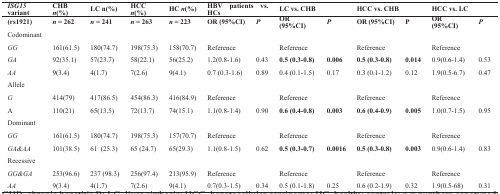
<table><thead><tr><td><b><i>ISG15</i> variant</b></td><td><b>CHB <i>n</i>(%)</b></td><td><b>LC n(%)</b></td><td><b>HCC <i>n</i>(%)</b></td><td><b>HC <i>n</i>(%)</b></td><td colspan="2"><b>HBV patients vs. HCs</b></td><td colspan="2"><b>LC vs. CHB</b></td><td colspan="2"><b>HCC vs. CHB</b></td><td colspan="2"><b>HCC vs. LC</b></td></tr></thead><tbody><tr><td><b>(rs1921)</b></td><td><b><i>n</i>= 262</b></td><td><b><i>n</i>= 241</b></td><td><b><i>n</i>= 263</b></td><td><b><i>n</i>= 223</b></td><td><b>OR (95%CI)</b></td><td><b><i>P</i></b></td><td><b>OR (95%CI)</b></td><td><b><i>P</i></b></td><td><b>OR (95%CI)</b></td><td><b>P</b></td><td><b>OR (95%CI)</b></td><td><b><i>P</i></b></td></tr><tr><td>Codominant</td><td></td><td></td><td></td><td></td><td></td><td></td><td></td><td></td><td></td><td></td><td></td><td></td></tr><tr><td><i>GG</i></td><td>161(61.5)</td><td>180(74.7)</td><td>198(75.3)</td><td>158(70.7)</td><td>Reference</td><td></td><td>Reference</td><td></td><td>Reference</td><td></td><td>Reference</td><td></td></tr><tr><td><i>GA</i></td><td>92(35.1)</td><td>57(23.7)</td><td>58(22.1)</td><td>56(25.2)</td><td>1.2(0.8-1.6)</td><td>0.43</td><td><b>0.5 (0.3-0.8)</b></td><td><b>0.006</b></td><td><b>0.5 (0.3-0.8)</b></td><td><b>0.014</b></td><td>0.9(0.6-1.4)</td><td>0.53</td></tr><tr><td><i>AA</i></td><td>9(3.4)</td><td>4(1.7)</td><td>7(2.6)</td><td>9(4.1)</td><td>0.7 (0.3-1.6)</td><td>0.89</td><td>0.4 (0.1-1.5)</td><td>0.17</td><td>0.3 (0.1-1.2)</td><td>0.12</td><td>1.9(0.5-6.7)</td><td>0.47</td></tr><tr><td>Allele</td><td></td><td></td><td></td><td></td><td></td><td></td><td></td><td></td><td></td><td></td><td></td><td></td></tr><tr><td><i>G</i></td><td>414(79)</td><td>417(86.5)</td><td>454(86.3)</td><td>416(84.9)</td><td>Reference</td><td></td><td>Reference</td><td></td><td>Reference</td><td></td><td>Reference</td><td></td></tr><tr><td>A</td><td>110(21)</td><td>65(13.5)</td><td>72(13.7)</td><td>74(15.1)</td><td>1.1(0.8-1.4)</td><td>0.90</td><td><b>0.6 (0.4-0.8)</b></td><td><b>0.003</b></td><td><b>0.6 (0.4-0.9)</b></td><td><b>0.005</b></td><td>1.0(0.7-1.5)</td><td>0.95</td></tr><tr><td>Dominant</td><td></td><td></td><td></td><td></td><td></td><td></td><td></td><td></td><td></td><td></td><td></td><td></td></tr><tr><td><i>GG</i></td><td>161(61.5)</td><td>180(74.7)</td><td>198(75.3)</td><td>157(70.7)</td><td>Reference</td><td></td><td>Reference</td><td></td><td>Reference</td><td></td><td>Reference</td><td></td></tr><tr><td><i>GA&amp;AA</i></td><td>101(38.5)</td><td>61 (25.3)</td><td>65 (24.7)</td><td>65(29.3)</td><td>1.1(0.8-1.5)</td><td>0.62</td><td><b>0.5 (0.3-0.7)</b></td><td><b>0.0016</b></td><td><b>0.5 (0.3-0.8)</b></td><td><b>0.003</b></td><td>0.9(0.6-1.4)</td><td>0.83</td></tr><tr><td>Recessive</td><td></td><td></td><td></td><td></td><td></td><td></td><td></td><td></td><td></td><td></td><td></td><td></td></tr><tr><td><i>GG&amp;GA</i></td><td>253(96.6)</td><td>237 (98.3)</td><td>256(97.4)</td><td>213(95.9)</td><td>Reference</td><td></td><td>Reference</td><td></td><td>Reference</td><td></td><td>Reference</td><td></td></tr><tr><td><i>AA</i></td><td>9(3.4)</td><td>4(1.7)</td><td>7(2.6)</td><td>9(4.1)</td><td>0.7(0.3-1.5)</td><td>0.34</td><td>0.5 (0.1-1.8)</td><td>0.25</td><td>0.6 (0.2-1.9)</td><td>0.32</td><td>1.9(0.5-68)</td><td>0.31</td></tr></tbody></table>